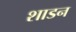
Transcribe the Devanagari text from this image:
शाडन